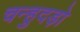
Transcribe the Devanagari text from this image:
चन्हुदड़ो